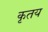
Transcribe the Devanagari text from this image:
कृतय